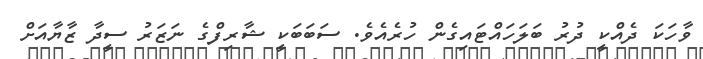
ވާހަކަ ދެއްކީ ދުރު ބަލަހައްޓައިގެން ހުރެއެވެ. ސަބަބަކީ ޝާރިފްގެ ނަޒަރު ސީދާ ޒާޔާއަށް